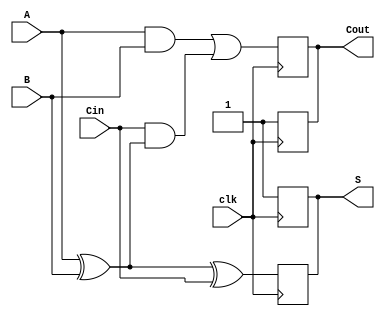
module dynamic_full_adder (
    input wire A,     // First input bit
    input wire B,     // Second input bit
    input wire Cin,   // Carry-in bit
    input wire clk,   // Clock signal
    output reg S,     // Sum output
    output reg Cout   // Carry-out output
);

// Internal signals for evaluation
wire sum_ab;
wire carry_ab;

// Precharge phase (when clk is high)
always @(posedge clk) begin
    // Precharge outputs to logic 1
    S <= 1'b1;      
    Cout <= 1'b1;  
end

// Evaluation phase (when clk goes low)
always @(negedge clk) begin
    // Evaluate the sum (S) and carry-out (Cout)
    sum_ab = A ^ B; // A XOR B
    S = sum_ab ^ Cin; // S = (A XOR B) XOR Cin
    Cout = (A & B) | (Cin & sum_ab); // Cout = (A AND B) OR (Cin AND (A XOR B))
end

endmodule